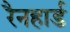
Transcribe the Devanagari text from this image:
रैनहार्ड